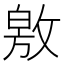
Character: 敫